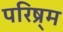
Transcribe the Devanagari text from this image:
परिष्र्म